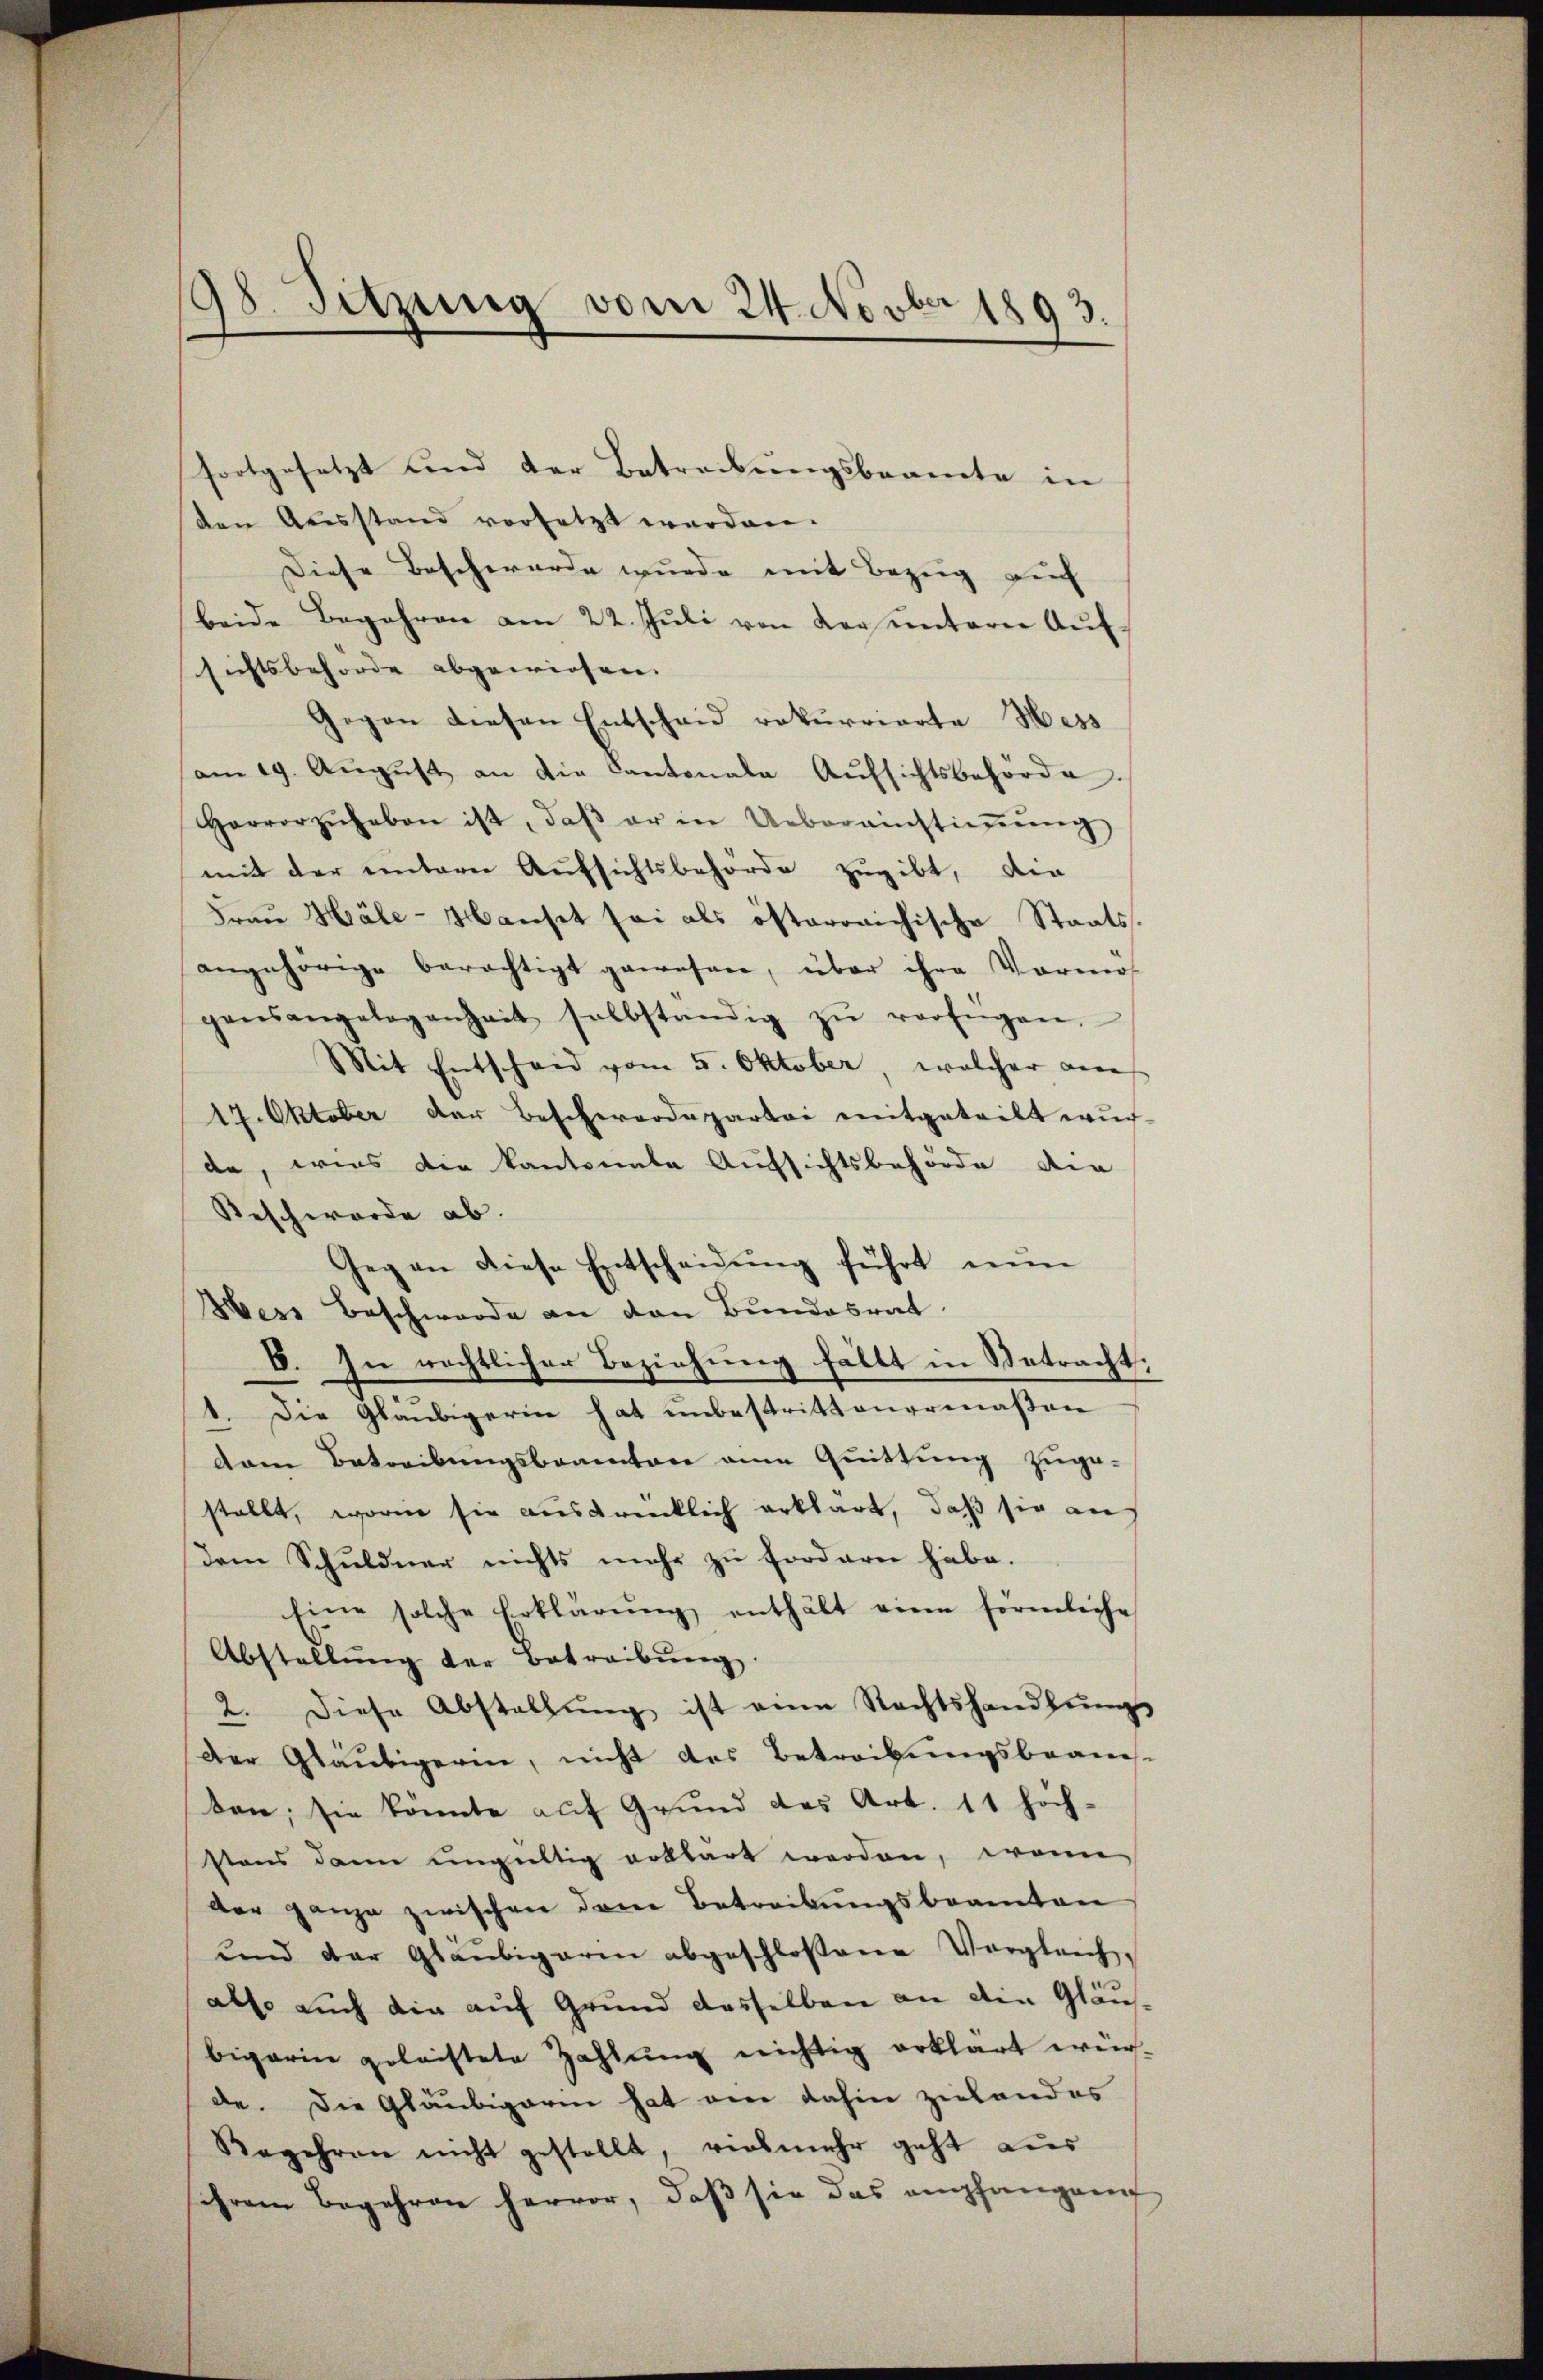
98. Sitzung vom 24. Novber 1893.

fortgesetzt und der Betreibungsbeamte in
den Ausstand vorsetzt werden.
Diese Beschwerde wurde mit Bezug auf
beide Begehren am 22. Jŭli von der untern Aufsichtsbehörde abgewiesen. |
Gegen diesen Entscheid rekurrierte Hess
am 19. Aŭgŭst an die Cantonale Aŭfsichtsbehörde.
Hervorzŭheben ist, daβ er in Ueberanstiṁŭng
mit der untern Aufsichtsbehörde zugibt, die
Frau Häle-Manset sei als österreichische Staats-
angehörige berechtigt gewesen, über ihre Vormos
gensangelegenheit selbständig zŭ verfügen.
Mit Entscheid vom 5. Oktober, welcher au
17. Oktober der Beschwerdepartei mitgeteilt wur-
da, wies die Kantonale Aufsichtsbehörde der
Beschwerde ab.
Gegen diese Entscheidŭng führt nŭn
Hess Beschwerde an den Bundesrat
E. In rechtlicher Beziehung fällt in Betracht,
1. Die Gläubigerin hat unbestrittenermaßen
dem Betreibungsbeamten eine Quittung zuge-
stellt, worin sie ausgrenklich erklärt, daß sie an
dem Schuldner nichts mehr zu fordern habe.
Eine solche Erklärŭng enthält eine förmliche
Abstellŭng der Betreibŭng.
2. diese Abstallŭng ist eine Rechtshandlŭngs
Der Gläubigerin, nicht des Betreibungsbeans-
ten; sie könnte auf Grund des Art. 11 höchstens dann ungültig erklärt werden, wenn
der ganze zwischen dem Betreibungsbeamten
ŭnd der Gläubigaren abgeschlossene Vergleich-
also auch die auf Grund dasselben an die Gläus-
bigarin geleistete Zahlung nichtig erklärt wür-
de. Die Gläubigarin hat eine dahin zielandes
Begehren nicht gestellt, vielmehr geht aus
ihrem Begehren hervor, daß sie das empfangen